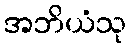
အဘိယံသု